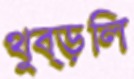
থুব্‌ড়লি